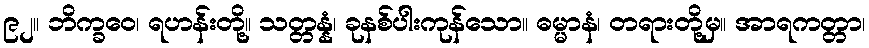
၉၂။ ဘိက္ခဝေ၊ ရဟန်းတို့။ သတ္တန္နံ၊ ခုနစ်ပါးကုန်သော။ ဓမ္မာနံ၊ တရားတို့မှ။ အာရကတ္တာ၊